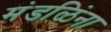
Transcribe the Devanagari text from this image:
मंडळिंना